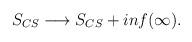
LaTeX: \begin{align*}S_{CS} \longrightarrow S_{CS} + i n f(\infty) .\end{align*}